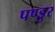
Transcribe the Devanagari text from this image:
पण्डुर